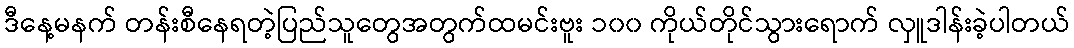
ဒီနေ့မနက် တန်းစီနေရတဲ့ပြည်သူတွေအတွက်ထမင်းဗူး ၁၀၀ ကိုယ်တိုင်သွားရောက် လှူဒါန်းခဲ့ပါတယ်